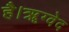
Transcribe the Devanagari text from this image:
है।ॠग्वेद